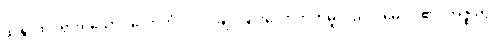
သန္တံ၊ ထင်ရှားရှိသော။ လောဘံ ဝါ၊ လိုချင်ခြင်းလောဘကိုမူလည်း။ မေ၊ ငါ၏။ အဇ္ဈတ္တံ၊